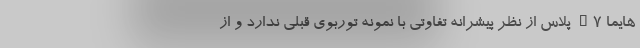
هایما S7 پلاس از نظر پیشرانه تفاوتی با نمونه توربوی قبلی ندارد و از